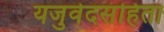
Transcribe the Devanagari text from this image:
यजुर्वेदसंहिता